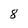
Character: 8